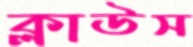
ক্লাউস